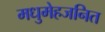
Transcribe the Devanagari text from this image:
मधुमेहजनित